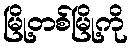
မြို့တစ်မြို့ကို